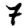
Digit: 7